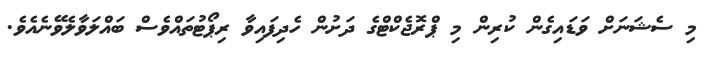
މި ސެޝަނަށް ވަޑައިގެން ކުރިން މި ޕްރޮޖެކްޓްގެ ދަށުން ހެދިފައިވާ ރިޕޯޓުތައްވެސް ބައްލަވާލެވޭނެއެވެ.